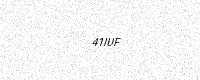
Text: 41IUF